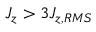
J _ { z } > 3 J _ { z , R M S }